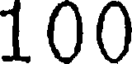
100